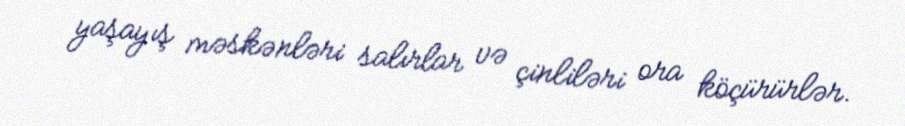
yaşayış məskənləri salırlar və çinliləri ora köçürürlər.